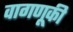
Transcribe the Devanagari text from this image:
वागणूकी